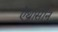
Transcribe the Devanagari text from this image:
ऐंथ्रासीन